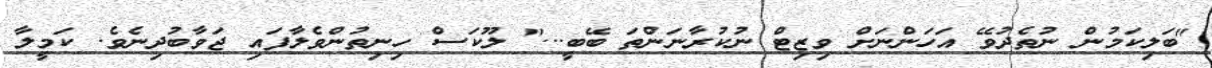
"ބަލިކަމުން ނުތެދުވޭ އަހަންނަށް ވިޒިޓް ނުކުރާނަންތަ ބޭބީ..." ލޫކަސް ހިނިތުންވެލާފައި ޖަވާބުދިނެވެ. ކަމީލާ